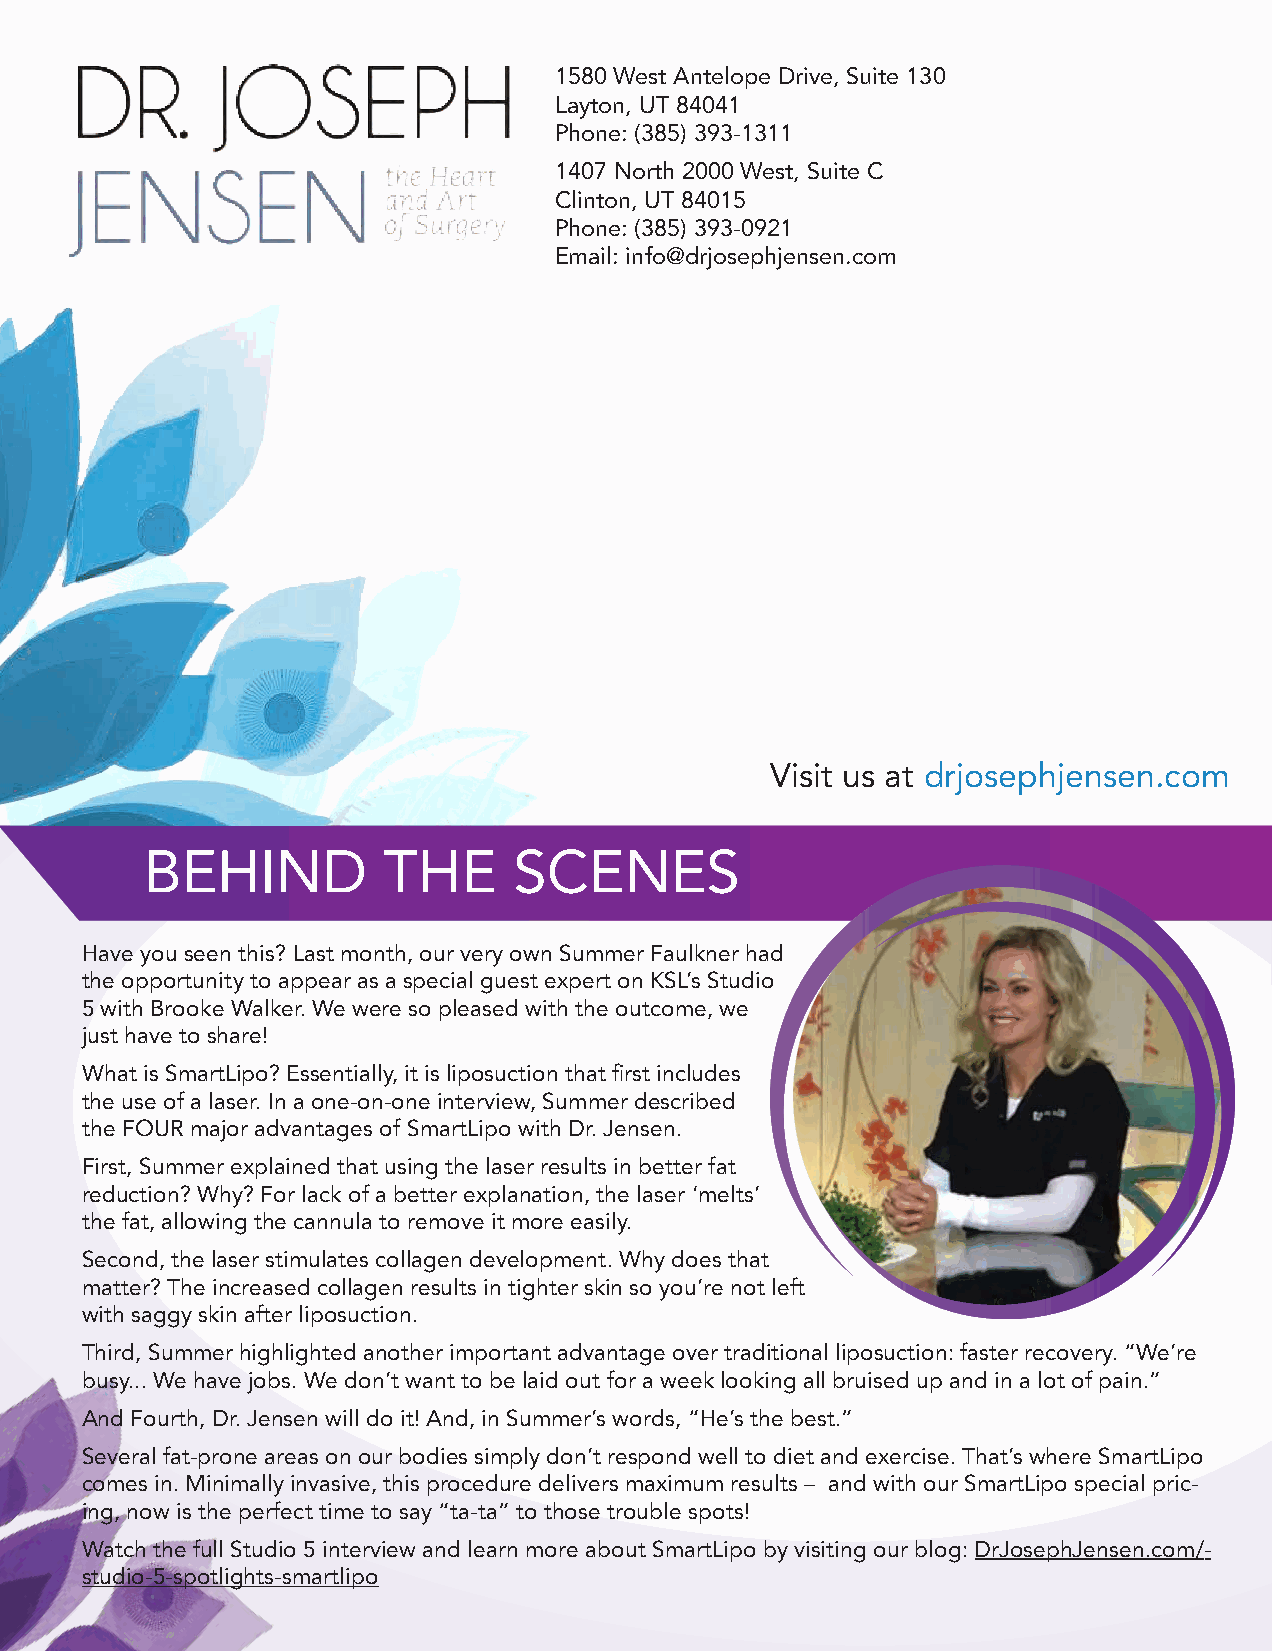
1580 West Antelope Drive, Suite 130
 Layton, UT 84041
 Phone: (385) 393-1311
 1407 North 2000 West, Suite C
 Clinton, UT 84015
 Phone: (385) 393-0921
 Email: info@drjosephjensen.com
 Visit us at drjosephjensen.com
 BEHIND         THE      SCENES
 Have you seen this? Last month, our very own Summer Faulkner had
 the opportunity to appear as a special guest expert on KSL’s Studio
 5 with Brooke Walker. We were so pleased with the outcome, we
 just have to share!
 What is SmartLipo? Essentially, it is liposuction that first includes
 the use of a laser. In a one-on-one interview, Summer described
 the FOUR major advantages of SmartLipo with Dr. Jensen.
 First, Summer explained that using the laser results in better fat
 reduction? Why? For lack of a better explanation, the laser ‘melts’
 the fat, allowing the cannula to remove it more easily.
 Second, the laser stimulates collagen development. Why does that
 matter? The increased collagen results in tighter skin so you’re not left
 with saggy skin after liposuction.
 Third, Summer highlighted another important advantage over traditional liposuction: faster recovery. “We’re
 busy... We have jobs. We don’t want to be laid out for a week looking all bruised up and in a lot of pain.”
 And Fourth, Dr. Jensen will do it! And, in Summer’s words, “He’s the best.”
 Several fat-prone areas on our bodies simply don’t respond well to diet and exercise. That’s where SmartLipo
 comes in. Minimally invasive, this procedure delivers maximum results – and with our SmartLipo special pric-
 ing, now is the perfect time to say “ta-ta” to those trouble spots!
 Watch the full Studio 5 interview and learn more about SmartLipo by visiting our blog: DrJosephJensen.com/-
 studio-5-spotlights-smartlipo